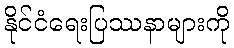
နိုင်ငံရေးပြဿနာများကို